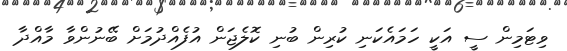
ވިޓަމިން ސީ އަކީ ހަމައެކަނި ކުރިން ބުނި ކޮލެޖަން އުފެއްދުމަށް ބޭނުންވާ މާއްދާ